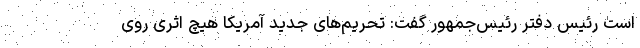
است رئیس دفتر رئیس‌جمهور گفت: تحریم‌های جدید آمریکا هیچ اثری روی